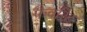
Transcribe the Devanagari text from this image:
फैवरिट